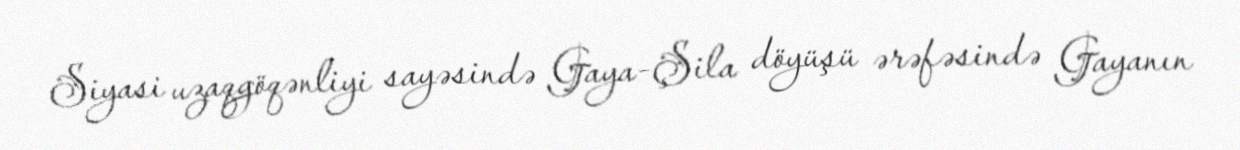
Siyasi uzaqgöqənliyi sayəsində Gaya-Şila döyüşü ərəfəsində Gayanın